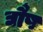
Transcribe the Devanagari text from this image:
द्यौष